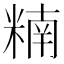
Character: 䊖